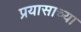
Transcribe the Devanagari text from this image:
प्रयासाच्या